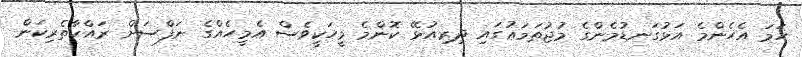
ހަމަ އެހެންމެ އަޅުގަނޑުމެންގެ މުޖުތަމަޢުގައި ދިރިއުޅޭ ކޮންމެ މީހަކީވެސް އެމީހެއްގެ ނަފްސަށް ރައްކާތެރިކަން